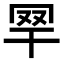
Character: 𦉻